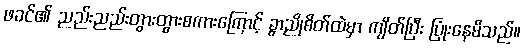
ဖခင်၏ ညည်းညည်းတွားတွားစကားကြောင့် ခွာညိုစိတ်ထဲမှာ ကျိတ်ပြီး ပြုံးနေမိသည်။